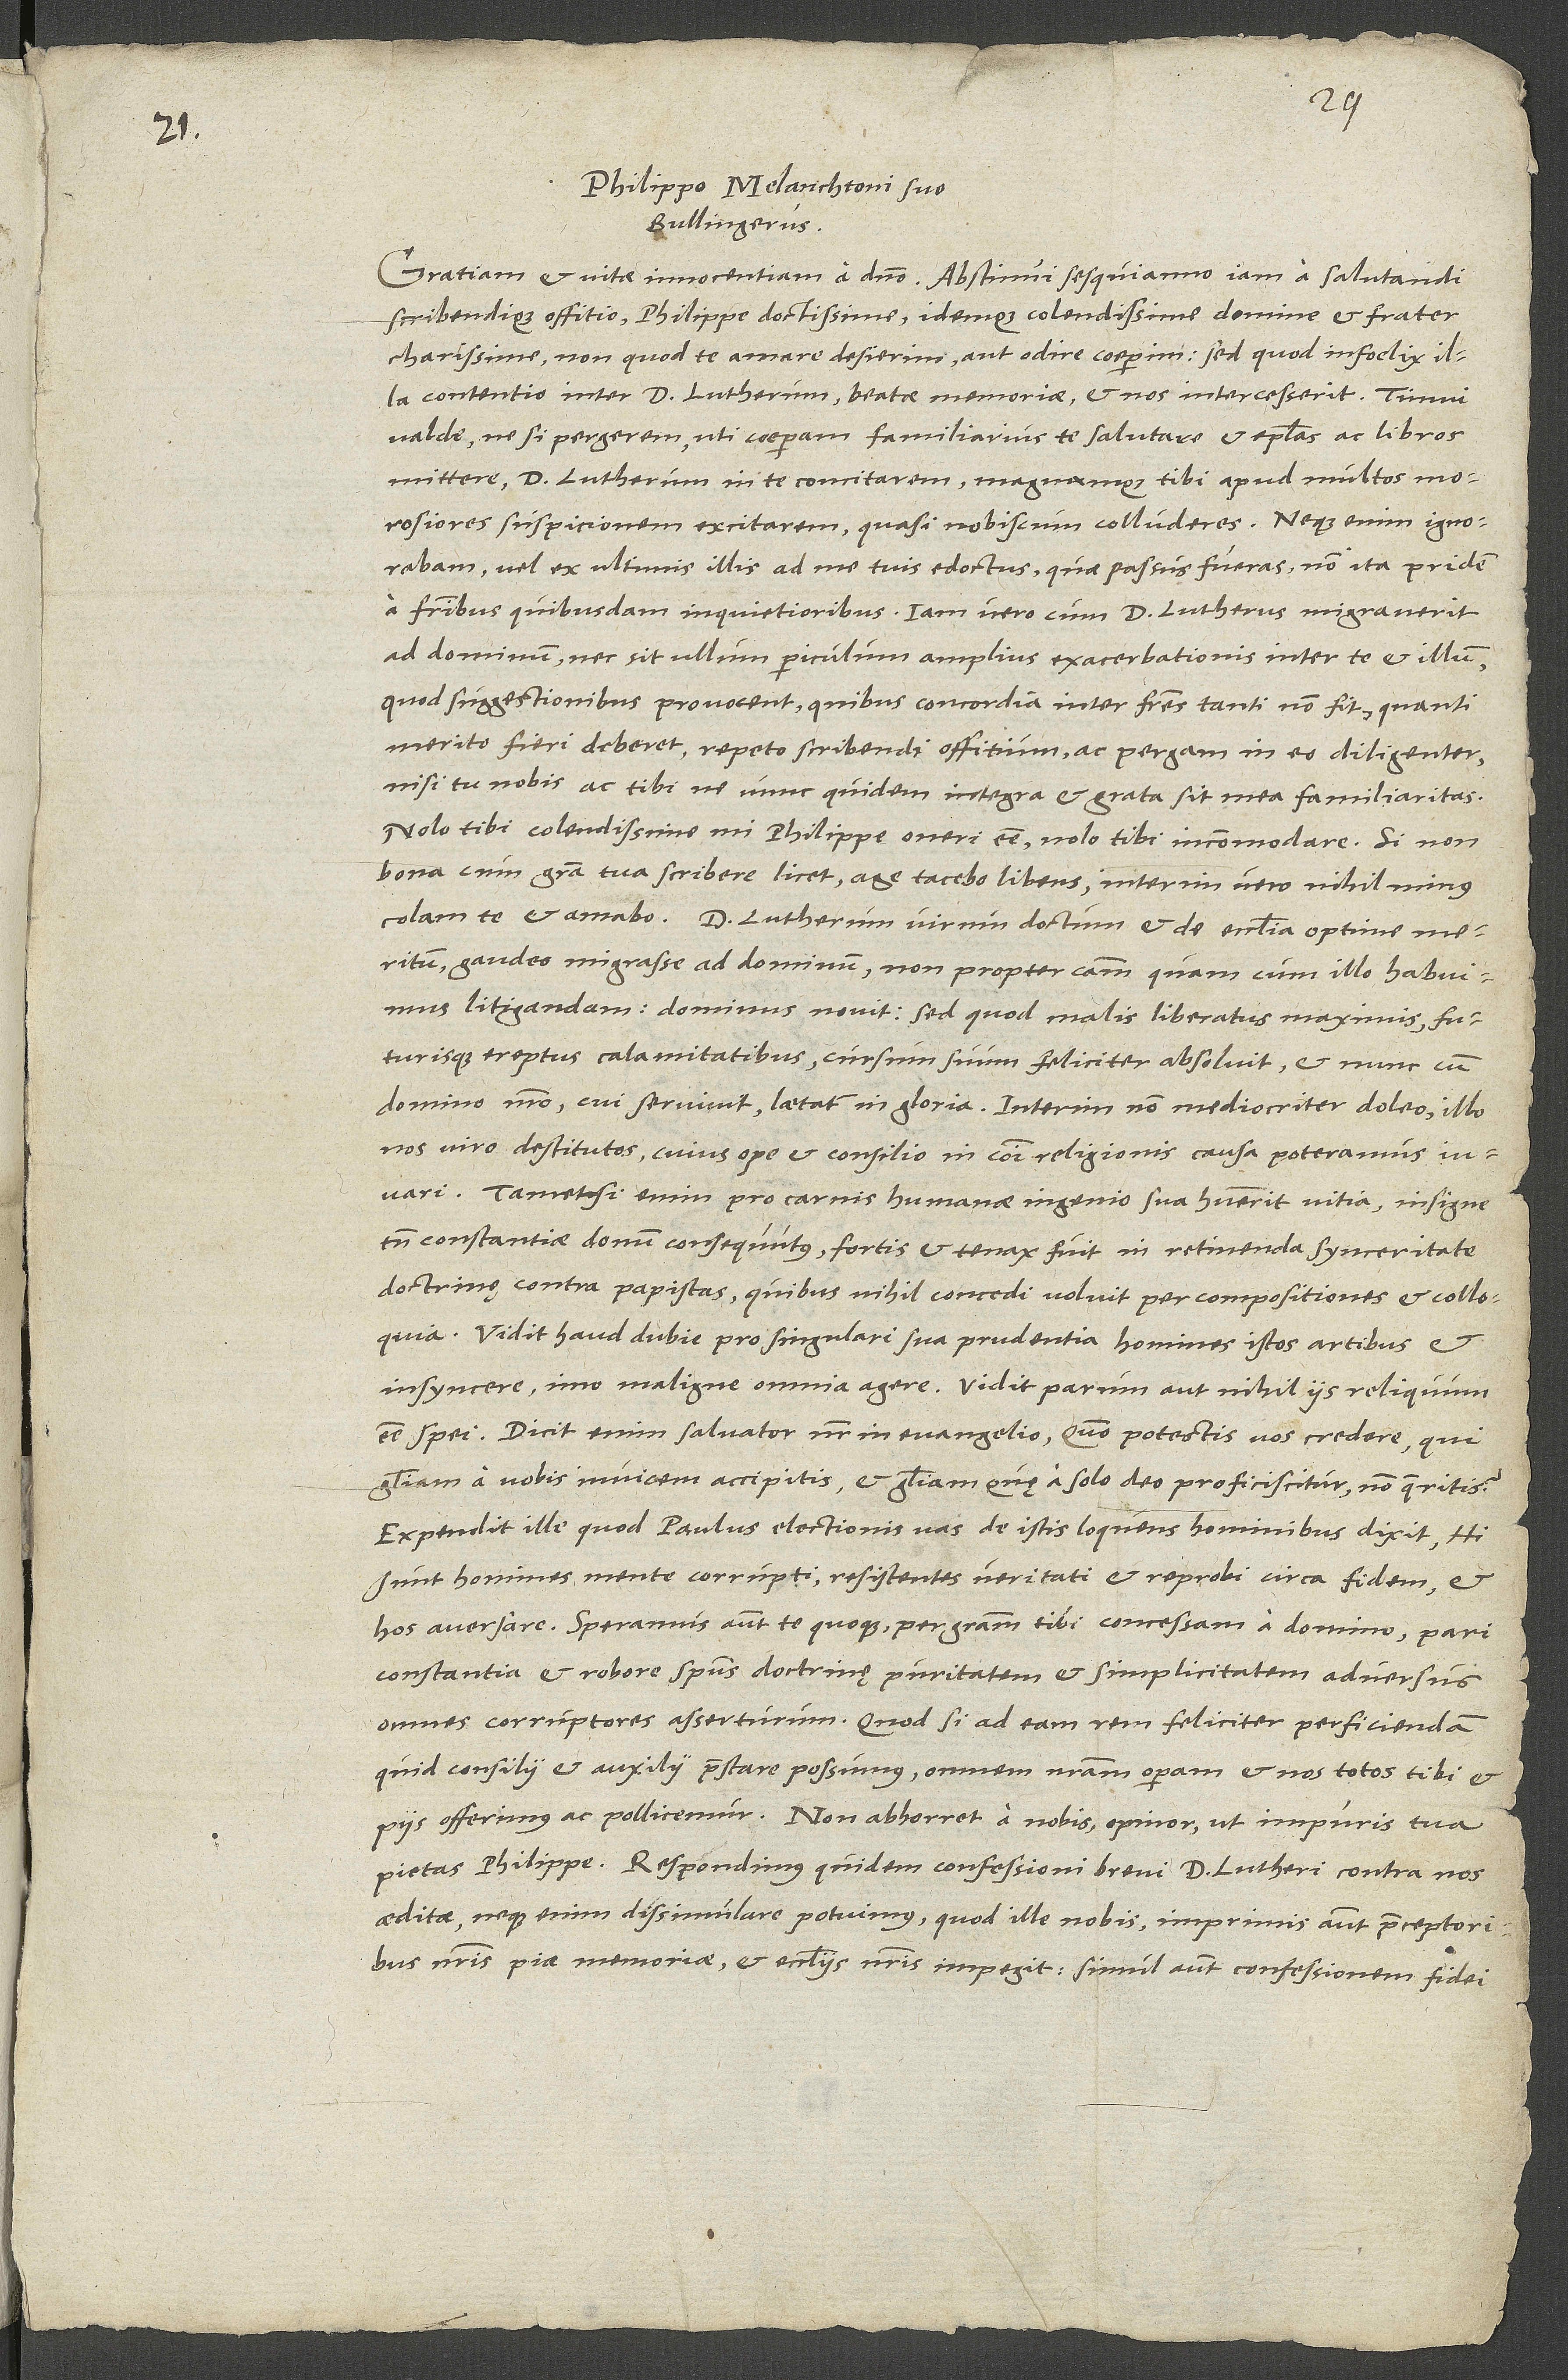
1.

Philippo Melanchtoni suo
Bullingerus.
scribendique offitio, Philippe doctissime idemque colendissime domine et frater
charissime, non quod te amare desierim aut odire coeperim, sed quod infoelix illa
contentio inter d Lutherum beatae memoriae et nos intercesserit. Timui
valde, ne, si pergerem, uti coeperam, familiarius te salutare et epistolas ac libros
mittere, d. Lutherum in te concitarem magnamque tibi apud multos mororsiores
suspitionem excitarem, quasi nobiscum colluderes. Neque enim ignorabam
vel ex ultimis illis ad me tuis edoctus, quae passus fueras non ita pridem
a fratribus quibusdam inquietioribus. Iam vero, cum d. Lutherus migraverit
ad dominum nec sit ullum periculum amplius exacerbationis inter te et illum,
quod suggestionibus provocent, quibus concordia inter fratres non fit, quanti
merito fieri deberet, repeto scribendi offitium ac pergam in eo diligenter,
nisi tu nolis ac tibi ne nunc quidem integra et grata sit mea familiaritas.
Nolo tibi, colendissime mi Philippi, oneri esse, nolo tibi incommodare; si non
bona cum gratia tua scribere licet, ego tacebo libens; interim vero nihilominus
gaudeo migrasse ad dominum non propter causam, quam cum illo habuimus
litigandam, dominus novit, sed quod malis liberatus maximis
futurisque ereptus calamitatibus cursum suum feliciter absolvit et nunc cum
domino nostro, cui servivit, laetatur in gloria. Interim non mediocriter doleo illo
nos viro destitutos, cuius ope et consilio in communi religionis causa poteramus
iuvari. Tametsi enim pro carnis humanae ingenio sua habuerit vitia, insigne tamen
constantię donum consequutus fortis et tenax fuit in relinenda synceritate
doctrinę contra papistas, quibus nihil concedi voluit per compositiones et colloquia.
Vidit haud dubie pro singulari sua prudentia homines istos artibus et
insyncere, imo maligne omnia agere; vidit parum aut nihil de iis reliquum
esse spei. Dicit enim salvator noster in evangelio: "Quomodo potestis vos credere, qui
a vobis invicem accipitis et gloriam, quae a solo deo proficiscitur, non queritis?"
Expendit ille, quod Paulus, electionis vas, de istis loquens hominibus dixit: "Hi
sunt homines mente corrupti, resistentes veritati et reprobi circa fidem, et
hos aversare." Speramus autem te quoque per gratia tibi concessam a domino pari
constantia et robore spiritus doctrinę veritatem et simplicitatem adversus
corruptores asserturum. Quodsi ad eam rem feliciter perficiendam
quid consilii et auxilii praestare possumus, omnem nostram operam et nos totos tibi et
piis offerimus ac pollicemur. Non abhorret a nobis, opinor, ut impuris tua
pietas, Philippe. Respondimus quidem confessioni brevi d. Lutheri contra nos
editae; neque enim dissimulare potuimus, quod ille nobis, inprimis autem praeceptoribus
nostris piae memoriae et ecclesiis nostris impegit. Simul autem confessionem fidei